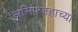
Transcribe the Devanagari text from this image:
असिफ्जहाच्या